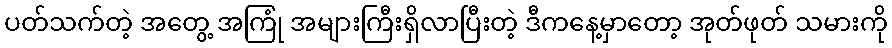
ပတ်သက်တဲ့ အတွေ့ အကြုံ အများကြီးရှိလာပြီးတဲ့ ဒီကနေ့မှာတော့ အုတ်ဖုတ် သမားကို